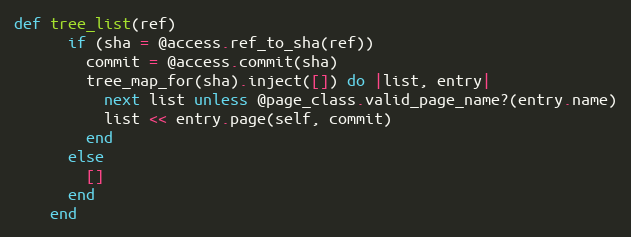
Language: Ruby
def tree_list(ref)
      if (sha = @access.ref_to_sha(ref))
        commit = @access.commit(sha)
        tree_map_for(sha).inject([]) do |list, entry|
          next list unless @page_class.valid_page_name?(entry.name)
          list << entry.page(self, commit)
        end
      else
        []
      end
    end